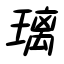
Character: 璃